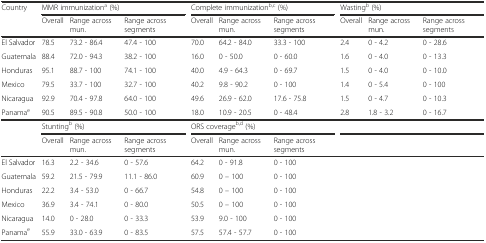
<table><thead><tr><td rowspan="2"><b>Country</b></td><td colspan="3"><b>MMR immunization<sup>a</sup> (%)</b></td><td colspan="3"><b>Complete immunization<sup>b,c</sup> (%)</b></td><td colspan="3"><b>Wasting<sup>b</sup> (%)</b></td></tr><tr><td><b>Overall</b></td><td><b>Range across mun.</b></td><td><b>Range across segments</b></td><td><b>Overall</b></td><td><b>Range across mun.</b></td><td><b>Range across segments</b></td><td><b>Overall</b></td><td><b>Range across mun.</b></td><td><b>Range across segments</b></td></tr></thead><tbody><tr><td>El Salvador</td><td>78.5</td><td>73.2 - 86.4</td><td>47.4 - 100</td><td>70.0</td><td>64.2 - 84.0</td><td>33.3 - 100</td><td>2.4</td><td>0 - 4.2</td><td>0 - 28.6</td></tr><tr><td>Guatemala</td><td>88.4</td><td>72.0 - 94.3</td><td>38.2 - 100</td><td>16.0</td><td>0 - 50.0</td><td>0 - 60.0</td><td>1.6</td><td>0 - 4.0</td><td>0 - 13.3</td></tr><tr><td>Honduras</td><td>95.1</td><td>88.7 - 100</td><td>74.1 - 100</td><td>40.0</td><td>4.9 - 64.3</td><td>0 - 69.7</td><td>1.5</td><td>0 - 4.0</td><td>0 - 10.0</td></tr><tr><td>Mexico</td><td>79.5</td><td>33.7 - 100</td><td>32.7 - 100</td><td>40.2</td><td>9.8 - 90.2</td><td>0 - 100</td><td>1.4</td><td>0 - 5.4</td><td>0 - 100</td></tr><tr><td>Nicaragua</td><td>92.9</td><td>70.4 - 97.8</td><td>64.0 - 100</td><td>49.6</td><td>26.9 - 62.0</td><td>17.6 - 75.8</td><td>1.5</td><td>0 - 4.7</td><td>0 - 10.3</td></tr><tr><td>Panama<sup>e</sup></td><td>90.5</td><td>89.5 - 90.8</td><td>50.0 - 100</td><td>18.0</td><td>10.9 - 20.5</td><td>0 - 48.4</td><td>2.8</td><td>1.8 - 3.2</td><td>0 - 16.7</td></tr><tr><td></td><td colspan="3">Stunting<sup>b</sup> (%)</td><td colspan="3">ORS coverage<sup>b,d</sup> (%)</td><td colspan="3"></td></tr><tr><td></td><td>Overall</td><td>Range across mun.</td><td>Range across segments</td><td>Overall</td><td>Range across mun.</td><td>Range across segments</td><td colspan="3"></td></tr><tr><td>El Salvador</td><td>16.3</td><td>2.2 - 34.6</td><td>0 - 57.6</td><td>64.2</td><td>0 - 91.8</td><td>0 - 100</td><td colspan="3"></td></tr><tr><td>Guatemala</td><td>59.2</td><td>21.5 - 79.9</td><td>11.1 - 86.0</td><td>60.9</td><td>0 – 100</td><td>0 - 100</td><td colspan="3"></td></tr><tr><td>Honduras</td><td>22.2</td><td>3.4 - 53.0</td><td>0 - 66.7</td><td>54.8</td><td>0 – 100</td><td>0 - 100</td><td colspan="3"></td></tr><tr><td>Mexico</td><td>36.9</td><td>3.4 - 74.1</td><td>0 - 80.0</td><td>50.5</td><td>0 – 100</td><td>0 - 100</td><td colspan="3"></td></tr><tr><td>Nicaragua</td><td>14.0</td><td>0 - 28.0</td><td>0 - 33.3</td><td>53.9</td><td>9.0 - 100</td><td>0 - 100</td><td colspan="3"></td></tr><tr><td>Panama<sup>e</sup></td><td>55.9</td><td>33.0 - 63.9</td><td>0 - 83.5</td><td>57.5</td><td>57.4 - 57.7</td><td>0 - 100</td><td colspan="3"></td></tr></tbody></table>